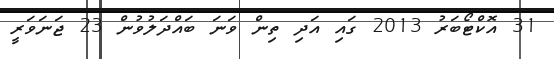
31 އޮކްޓޯބަރު 2013 ގައި އަދި ތިން ވަނަ ބައްދަލުވުން 23 ޖަނަވަރީ